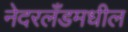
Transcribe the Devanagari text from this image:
नेदरलँडमधील